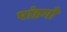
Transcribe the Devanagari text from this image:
पांडगो